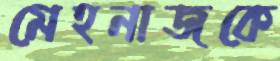
মেহনাজকে